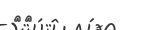
٩٤